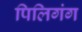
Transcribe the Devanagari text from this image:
पिलिगंग